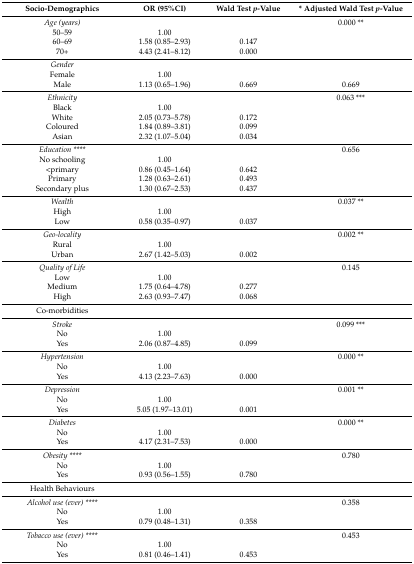
<table><thead><tr><td><b>Socio-Demographics</b></td><td><b>OR (95%CI)</b></td><td><b>Wald Test <i>p</i>-Value</b></td><td><b>* Adjusted Wald Test <i>p</i>-Value</b></td></tr></thead><tbody><tr><td><i>Age (years)</i></td><td></td><td></td><td>0.000 **</td></tr><tr><td>50–59</td><td>1.00</td><td></td><td></td></tr><tr><td>60–69</td><td>1.58 (0.85–2.93)</td><td>0.147</td><td></td></tr><tr><td>70+</td><td>4.43 (2.41–8.12)</td><td>0.000</td><td></td></tr><tr><td><i>Gender</i></td><td></td><td></td><td></td></tr><tr><td>Female</td><td>1.00</td><td></td><td></td></tr><tr><td>Male</td><td>1.13 (0.65–1.96)</td><td>0.669</td><td>0.669</td></tr><tr><td><i>Ethnicity</i></td><td></td><td></td><td>0.063 ***</td></tr><tr><td>Black</td><td>1.00</td><td></td><td></td></tr><tr><td>White</td><td>2.05 (0.73–5.78)</td><td>0.172</td><td></td></tr><tr><td>Coloured</td><td>1.84 (0.89–3.81)</td><td>0.099</td><td></td></tr><tr><td>Asian</td><td>2.32 (1.07–5.04)</td><td>0.034</td><td></td></tr><tr><td><i>Education ****</i></td><td></td><td></td><td>0.656</td></tr><tr><td>No schooling</td><td>1.00</td><td></td><td></td></tr><tr><td>&lt;primary</td><td>0.86 (0.45–1.64)</td><td>0.642</td><td></td></tr><tr><td>Primary</td><td>1.28 (0.63–2.61)</td><td>0.493</td><td></td></tr><tr><td>Secondary plus</td><td>1.30 (0.67–2.53)</td><td>0.437</td><td></td></tr><tr><td><i>Wealth</i></td><td></td><td></td><td>0.037 **</td></tr><tr><td>High</td><td>1.00</td><td></td><td></td></tr><tr><td>Low</td><td>0.58 (0.35–0.97)</td><td>0.037</td><td></td></tr><tr><td><i>Geo-locality</i></td><td></td><td></td><td>0.002 **</td></tr><tr><td>Rural</td><td>1.00</td><td></td><td></td></tr><tr><td>Urban</td><td>2.67 (1.42–5.03)</td><td>0.002</td><td></td></tr><tr><td><i>Quality of Life</i></td><td></td><td></td><td>0.145</td></tr><tr><td>Low</td><td>1.00</td><td></td><td></td></tr><tr><td>Medium</td><td>1.75 (0.64–4.78)</td><td>0.277</td><td></td></tr><tr><td>High</td><td>2.63 (0.93–7.47)</td><td>0.068</td><td></td></tr><tr><td>Co-morbidities</td><td></td><td></td><td></td></tr><tr><td><i>Stroke</i></td><td></td><td></td><td>0.099 ***</td></tr><tr><td>No</td><td>1.00</td><td></td><td></td></tr><tr><td>Yes</td><td>2.06 (0.87–4.85)</td><td>0.099</td><td></td></tr><tr><td><i>Hypertension</i></td><td></td><td></td><td>0.000 **</td></tr><tr><td>No</td><td>1.00</td><td></td><td></td></tr><tr><td>Yes</td><td>4.13 (2.23–7.63)</td><td>0.000</td><td></td></tr><tr><td><i>Depression</i></td><td></td><td></td><td>0.001 **</td></tr><tr><td>No</td><td>1.00</td><td></td><td></td></tr><tr><td>Yes</td><td>5.05 (1.97–13.01)</td><td>0.001</td><td></td></tr><tr><td><i>Diabetes</i></td><td></td><td></td><td>0.000 **</td></tr><tr><td>No</td><td>1.00</td><td></td><td></td></tr><tr><td>Yes</td><td>4.17 (2.31–7.53)</td><td>0.000</td><td></td></tr><tr><td><i>Obesity ****</i></td><td></td><td></td><td>0.780</td></tr><tr><td>No</td><td>1.00</td><td></td><td></td></tr><tr><td>Yes</td><td>0.93 (0.56–1.55)</td><td>0.780</td><td></td></tr><tr><td>Health Behaviours</td><td></td><td></td><td></td></tr><tr><td><i>Alcohol use (ever) ****</i></td><td></td><td></td><td>0.358</td></tr><tr><td>No</td><td>1.00</td><td></td><td></td></tr><tr><td>Yes</td><td>0.79 (0.48–1.31)</td><td>0.358</td><td></td></tr><tr><td><i>Tobacco use (ever) ****</i></td><td></td><td></td><td>0.453</td></tr><tr><td>No</td><td>1.00</td><td></td><td></td></tr><tr><td>Yes</td><td>0.81 (0.46–1.41)</td><td>0.453</td><td></td></tr></tbody></table>